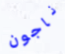
ناجون